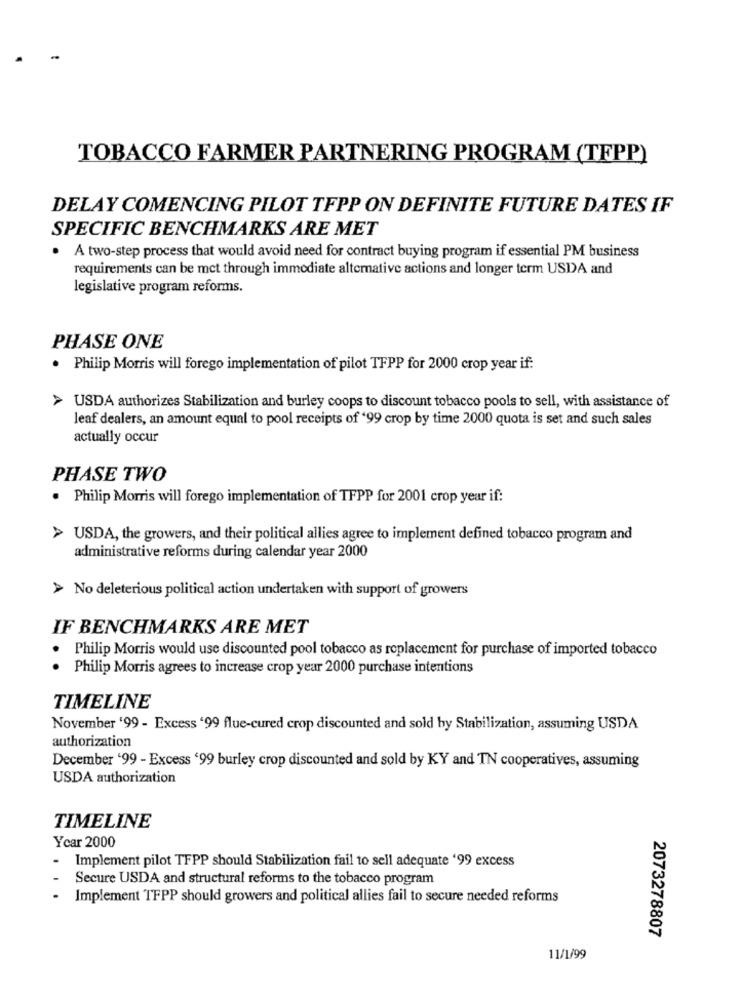
TOBACCO FARMER PARTNERING PROGRAM (TFPP)
DELAY COMENCING PILOT TFPP ON DEFINITE FUTURE DATES IF
SPECIFIC BENCHMARKS ARE MET
. A two-step process that would avoid need for contract buying program if essential PM business
requirements can be met through immediate alternative actions and longer term USDA and
legislative program reforms.
PHASE ONE
. Philip Morris will forego implementation of pilot TFPP for 2000 crop year if:
> USDA authorizes Stabilization and burley coops to discount tobacco pools to sell, with assistance of
leaf dealers, an amount equal to pool receipts of '99 crop by time 2000 quota is set and such sales
actually occur
PHASE TWO
. Philip Morris will forego implementation of TFPP for 2001 crop year if:
> USDA, the growers, and their political allies agree to implement defined tobacco program and
administrative reforms during calendar year 2000
> No deleterious political action undertaken with support of growers
IF BENCHMARKS ARE MET
Philip Morris would use discounted pool tobacco as replacement for purchase of imported tobacco
. .
Philip Morris agrees to increase crop year 2000 purchase intentions
TIMELINE
November '99 - Excess '99 flue-cured crop discounted and sold by Stabilization, assuming USDA
authorization
December '99 - Excess '99 burley crop discounted and sold by KY and TN cooperatives, assuming
USDA authorization
TIMELINE
Year 2000
Implement pilot TFPP should Stabilization fail to sell adequate '99 excess
Secure USDA and structural reforms to the tobacco program
Implement TFPP should growers and political allies fail to secure needed reforms
2073278807
11/1/99